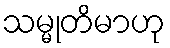
သမ္မုတိမာဟု